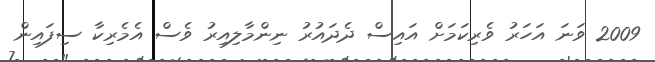
2009 ވަނަ އަހަރު ވެރިކަމަށް އައިސް ދެދައުރު ނިންމާލިއިރު ވެސް އެމެރިކާ ސިފައިން